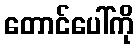
တောင်ပေါ်ကို